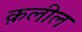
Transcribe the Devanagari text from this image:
क़लील